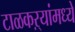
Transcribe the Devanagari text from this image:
टाळकऱ्यांमध्ये